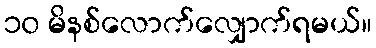
၁၀ မိနစ်လောက်လျှောက်ရမယ်။